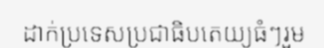
ដាក់ប្រទេសប្រជាធិបតេយ្យធំៗរួម